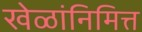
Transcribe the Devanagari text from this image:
खेळांनिमित्त